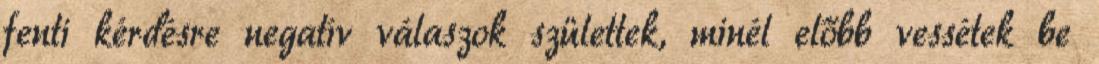
fenti kérdésre negatív válaszok születtek, minél előbb vessétek be